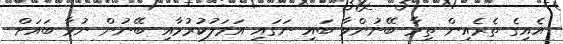
އެއިގެ ތެރެއިން ތިމާ ބޭނުންވާ ބައި ނަގައި އަމަލުކުރުމާއި ބޭނުން ނުވާ ބައަށް